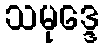
သမုဒ္ဒေ